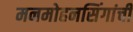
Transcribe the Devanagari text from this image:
मनमोहनसिंगांची